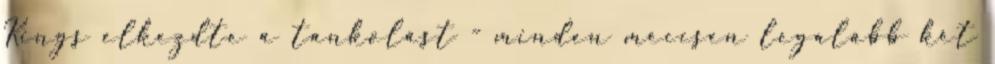
Kings elkezdte a tankolást - minden meccsen legalább két